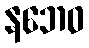
နဘေဝ